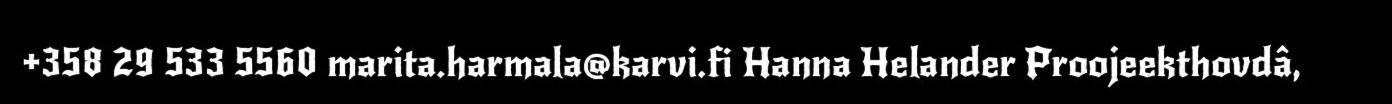
+358 29 533 5560 marita.harmala@karvi.fi Hanna Helander Proojeekthovdâ,